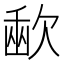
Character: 𣣨